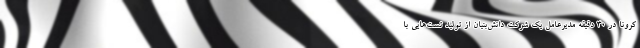
کرونا در ۳۰ دقیقه مدیرعامل یک شرکت دانش‌بنیان از تولید تست‌هایی با